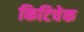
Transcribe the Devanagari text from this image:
किटिवेक